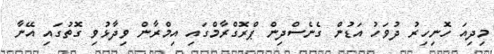
މިދިއަ ހޮނިހިރު ދުވަހު އަޑުން ގެނެސްދިން ޕްރޮގްރާމްގައި އިމްރާން ވިދާޅުވި ގޮތުގައި އޭނާ